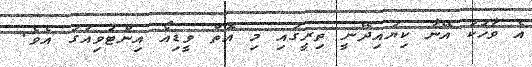
އެ ވާހަކަ އޭނާ ކިޔައިދޭނީ ތިރީގައި މި އޮތް ވީޑިއޯ އިންޓަވިއުގަ އެވެ.